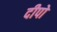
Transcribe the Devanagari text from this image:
दीपो